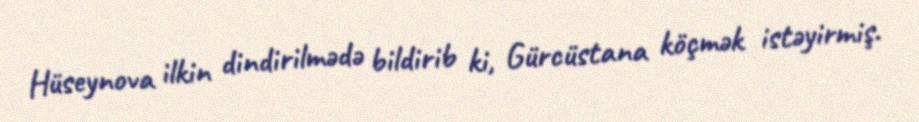
Hüseynova ilkin dindirilmədə bildirib ki, Gürcüstana köçmək istəyirmiş.